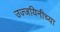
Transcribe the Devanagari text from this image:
उज्जयिनीच्या